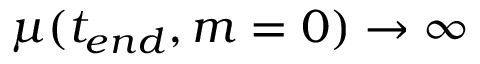
\mu ( t _ { e n d } , m = 0 ) \to \infty